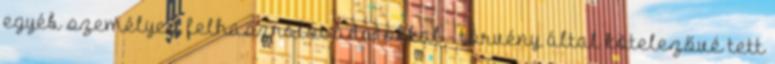
egyéb személyes felhasználói adatokkal - törvény által kötelezővé tett